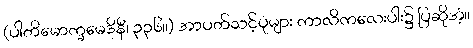
(ပါတိမောက္ခမေဒိနီ၊ ၃၃၆။) အာပတ်သင့်ပုံများ ကာလိကလေးပါး၌ ပြဆိုအံ့။